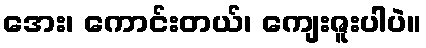
အေး၊ ကောင်းတယ်၊ ကျေးဇူးပါပဲ။